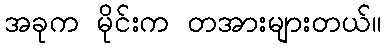
အခုက မိုင်းက တအားများတယ်။